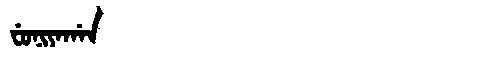
Manchu: ᠸᡠᠨᡳᠶᠠᡤᠠᠨ
Romanization: FUNIYAGAN